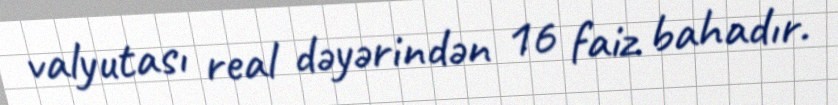
valyutası real dəyərindən 16 faiz bahadır.